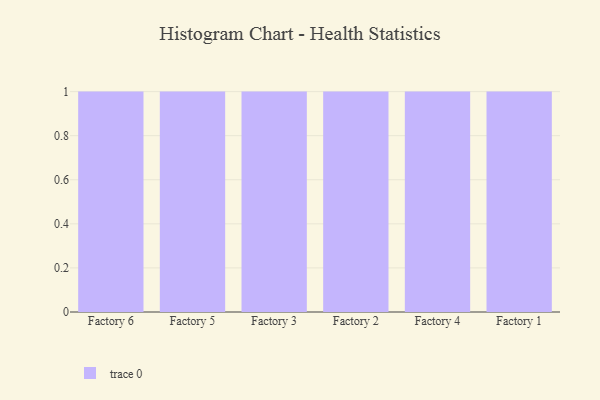
{"axis": {"x": "Factory", "y": "Operating Costs (USD K)"}, "legend": [""], "data": [{"x": "Factory 6", "y": 16, "type": ""}, {"x": "Factory 5", "y": 12, "type": ""}, {"x": "Factory 3", "y": 40, "type": ""}, {"x": "Factory 2", "y": 98, "type": ""}, {"x": "Factory 4", "y": 42, "type": ""}, {"x": "Factory 1", "y": 81, "type": ""}]}